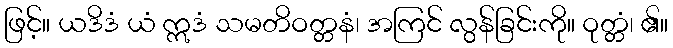
ဖြင့်။ ယဒိဒံ ယံ ဣဒံ သမတိဝတ္တနံ၊ အကြင် လွန်ခြင်းကို။ ဝုတ္တံ၊ ၏။